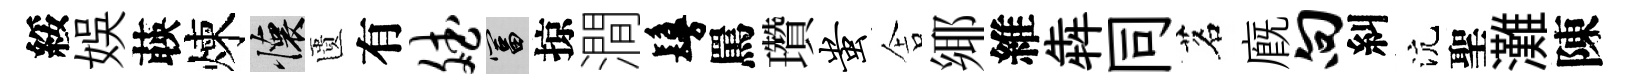
綏娱𦴤煉懷匱有斌富掠澗鬘罵瓚蚩舎鄊維犇同茗廐向糾沆聖灘陳